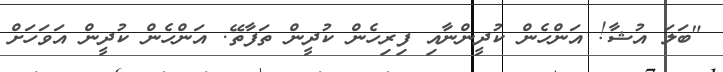
"ބަލަ އުޝާ! އަންހެން ކުދީންނާއި ފިރިހެން ކުދީން ތަފާތޭ. އަންހެން ކުދީން އަވަހަށް